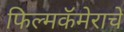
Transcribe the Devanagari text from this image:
फिल्मकॅमेराचे